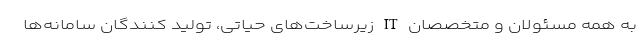
به همه مسئولان و متخصصان IT زیرساخت‌های حیاتی، تولید کنندگان سامانه‌ها